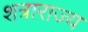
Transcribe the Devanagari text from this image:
शत्राराज्य